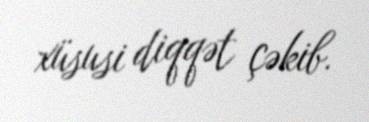
xüsusi diqqət çəkib.